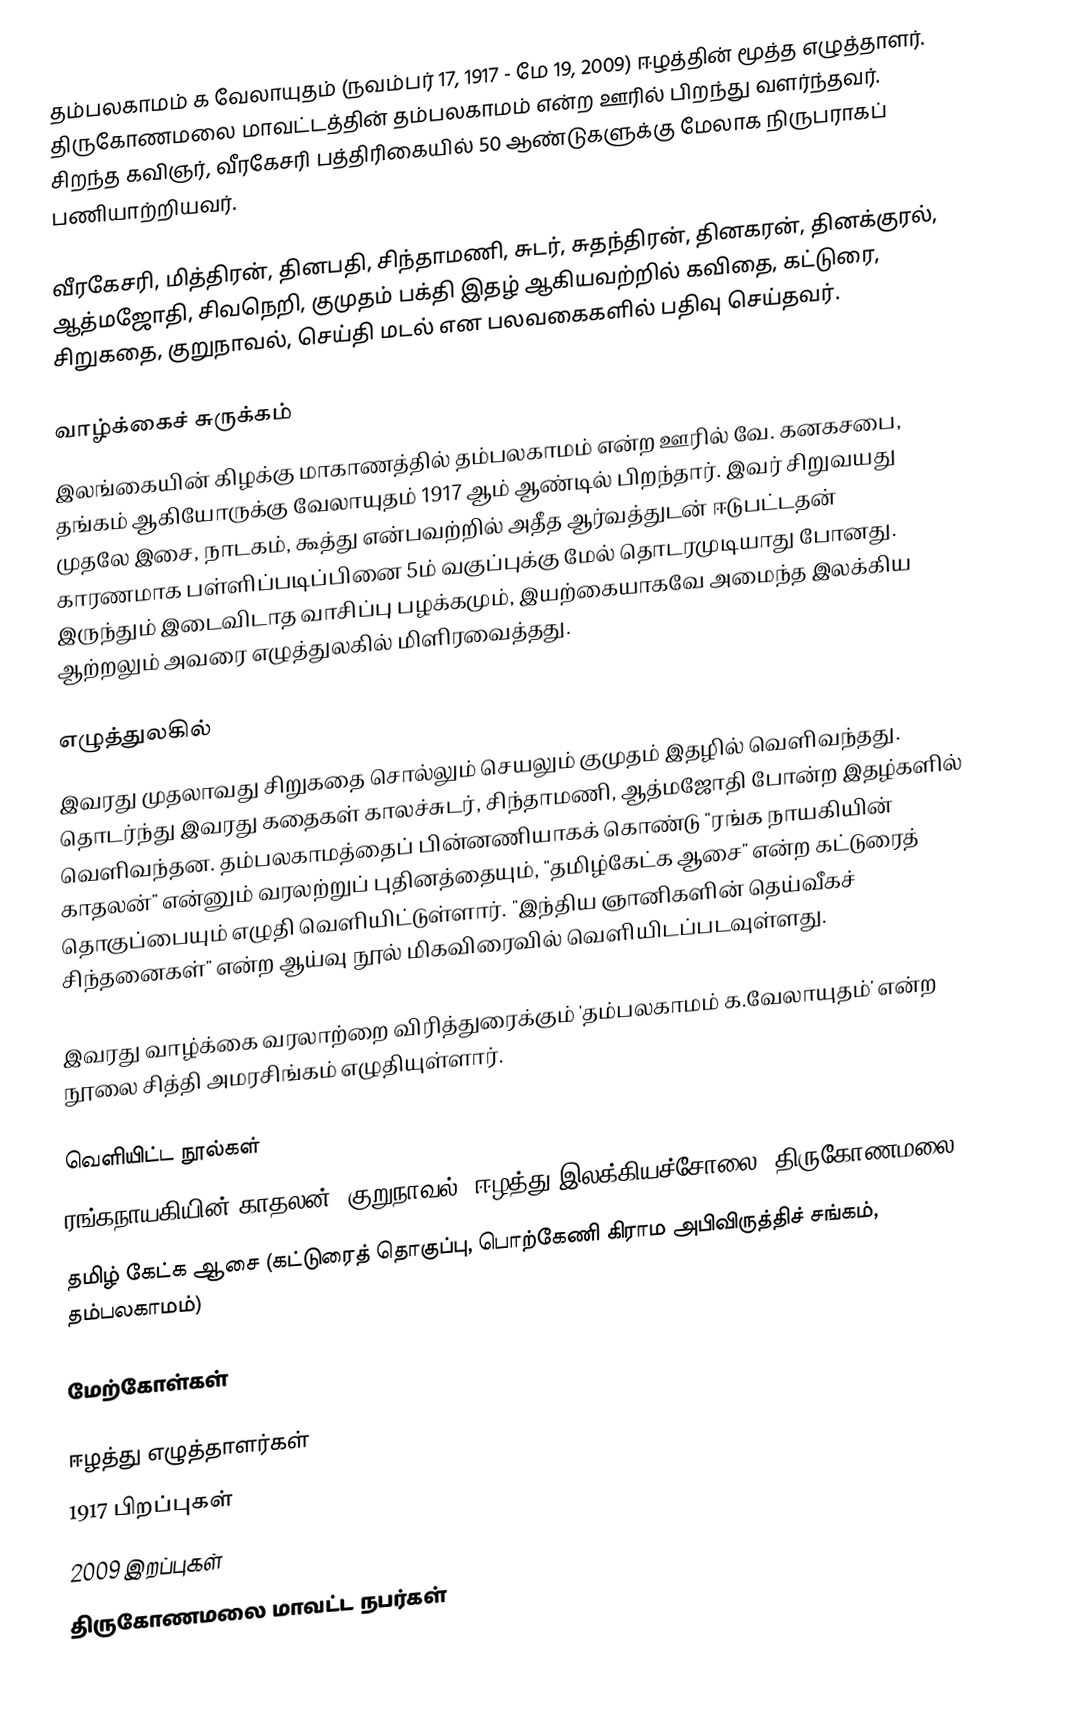
தம்பலகாமம் க வேலாயுதம் (நவம்பர் 17, 1917 - மே 19, 2009) ஈழத்தின் மூத்த எழுத்தாளர். திருகோணமலை மாவட்டத்தின் தம்பலகாமம் என்ற ஊரில் பிறந்து வளர்ந்தவர். சிறந்த கவிஞர், வீரகேசரி பத்திரிகையில் 50 ஆண்டுகளுக்கு மேலாக நிருபராகப் பணியாற்றியவர்.

வீரகேசரி, மித்திரன், தினபதி, சிந்தாமணி, சுடர், சுதந்திரன், தினகரன், தினக்குரல், ஆத்மஜோதி, சிவநெறி, குமுதம் பக்தி இதழ் ஆகியவற்றில் கவிதை, கட்டுரை, சிறுகதை, குறுநாவல், செய்தி மடல் என பலவகைகளில் பதிவு செய்தவர்.

வாழ்க்கைச் சுருக்கம்
இலங்கையின் கிழக்கு மாகாணத்தில் தம்பலகாமம் என்ற ஊரில் வே. கனகசபை, தங்கம் ஆகியோருக்கு வேலாயுதம் 1917 ஆம் ஆண்டில் பிறந்தார். இவர் சிறுவயது முதலே இசை, நாடகம், கூத்து என்பவற்றில் அதீத ஆர்வத்துடன் ஈடுபட்டதன் காரணமாக பள்ளிப்படிப்பினை 5ம் வகுப்புக்கு மேல் தொடரமுடியாது போனது. இருந்தும் இடைவிடாத வாசிப்பு பழக்கமும், இயற்கையாகவே அமைந்த இலக்கிய ஆற்றலும் அவரை எழுத்துலகில் மிளிரவைத்தது.

எழுத்துலகில்
இவரது முதலாவது சிறுகதை சொல்லும் செயலும் குமுதம் இதழில் வெளிவந்தது. தொடர்ந்து இவரது கதைகள் காலச்சுடர், சிந்தாமணி, ஆத்மஜோதி போன்ற இதழ்களில் வெளிவந்தன. தம்பலகாமத்தைப் பின்னணியாகக் கொண்டு "ரங்க நாயகியின் காதலன்" என்னும் வரலற்றுப் புதினத்தையும், "தமிழ்கேட்க ஆசை" என்ற கட்டுரைத் தொகுப்பையும் எழுதி வெளியிட்டுள்ளார். "இந்திய ஞானிகளின் தெய்வீகச் சிந்தனைகள்" என்ற ஆய்வு நூல் மிகவிரைவில் வெளியிடப்படவுள்ளது.

இவரது வாழ்க்கை வரலாற்றை விரித்துரைக்கும் 'தம்பலகாமம் க.வேலாயுதம்' என்ற நூலை சித்தி அமரசிங்கம் எழுதியுள்ளார்.

வெளியிட்ட நூல்கள்
 ரங்கநாயகியின் காதலன் (குறுநாவல், ஈழத்து இலக்கியச்சோலை, திருகோணமலை)
 தமிழ் கேட்க ஆசை (கட்டுரைத் தொகுப்பு, பொற்கேணி கிராம அபிவிருத்திச் சங்கம், தம்பலகாமம்)

மேற்கோள்கள்

ஈழத்து எழுத்தாளர்கள்
1917 பிறப்புகள்
2009 இறப்புகள்
திருகோணமலை மாவட்ட நபர்கள்